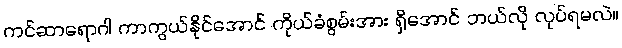
ကင်ဆာရောဂါ ကာကွယ်နိုင်အောင် ကိုယ်ခံစွမ်းအား ရှိအောင် ဘယ်လို လုပ်ရမလဲ။